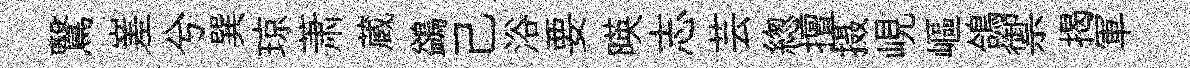
鷖嵳兮巽琼萧蔵鷁己浴要暎志芸緫擅摄峴嶇鴿禦揭軍